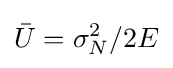
{\bar {U}}=\sigma _{N}^{2}/2E